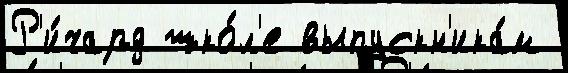
Р'и́чард шко́л'е выпускн'ика́м